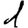
Digit: 1